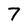
Character: 7